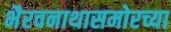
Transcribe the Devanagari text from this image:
भैरवनाथासमोरच्या